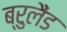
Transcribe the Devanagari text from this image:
ब्रुलैंड